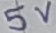
Text: 5V